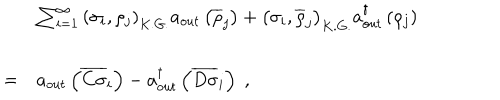
\begin{array} { l l l } { { } } & { { \ } } & { { \sum _ { i = 1 } ^ { \infty } { \left( \sigma _ { i } , \rho _ { j } \right) } _ { K . G . } a _ { o u t } \left( \overline { { { \rho } } } _ { j } \right) + { \left( \sigma _ { i } , \overline { { { \rho } } } _ { j } \right) } _ { K . G . } a _ { o u t } ^ { \dagger } \left( \rho _ { j } \right) } } \\ { { } } & { { = } } & { { a _ { o u t } \left( \overline { { { C \sigma } } } _ { i } \right) - a _ { o u t } ^ { \dagger } \left( \overline { { { D \sigma } } } _ { i } \right) \; , } } \\ \end{array}